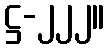
ဋ္ဌ-၂၂၂။